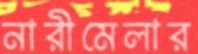
নারীমেলার